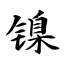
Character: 镍